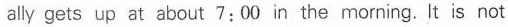
ally gets up at about 7:00 in the morning. It is not